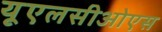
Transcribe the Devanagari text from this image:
यूएलसीओएस